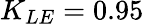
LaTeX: K_{LE}=0.95